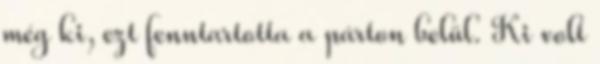
még ki, ezt fenntartotta a párton belül. Ki volt